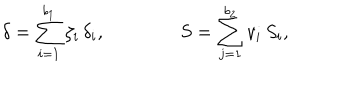
LaTeX: \delta = \sum _ { i = 1 } ^ { b _ { 1 } } \zeta _ { i } \, \delta _ { i } , \qquad \qquad S = \sum _ { j = 1 } ^ { b _ { 2 } } v _ { i } \, S _ { i } ,